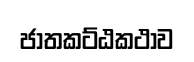
ජාතකට්ඨකථාව